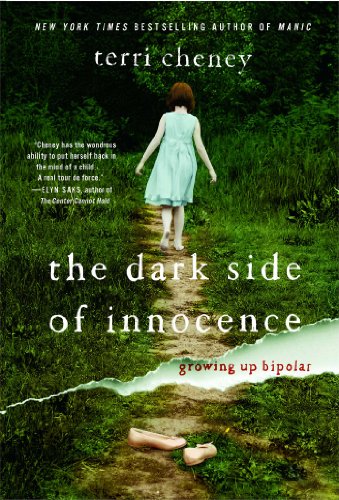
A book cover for The Dark Side of Innocence: Growing Up Bipolar; Terri Cheney; Health, Fitness & Dieting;